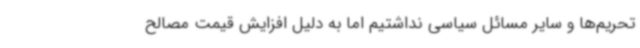
تحریم‌ها و سایر مسائل سیاسی نداشتیم اما به ‌دلیل افزایش قیمت مصالح